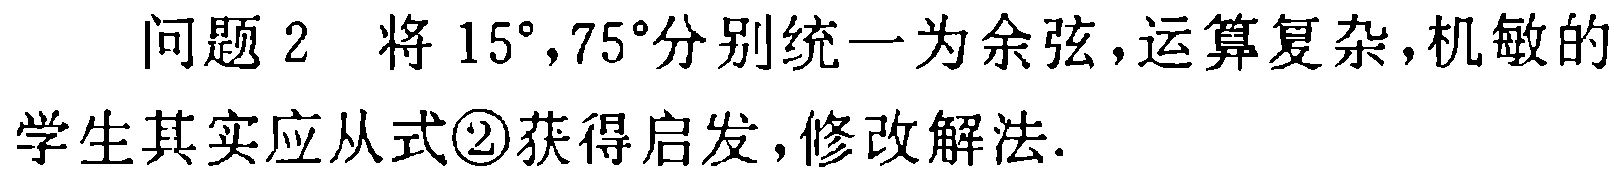
问题 2 将 \(15^{\circ},75^{\circ}\)分别统一为余弦，运算复杂，机敏的学生其实应从式\textcircled{2}获得启发，修改解法.